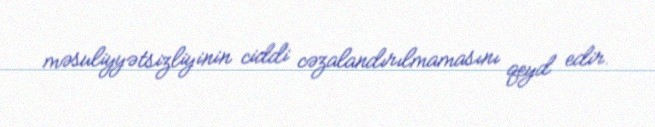
məsuliyyətsizliyinin ciddi cəzalandırılmamasını qeyd edir.